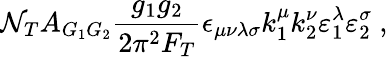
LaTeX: \mathcal{N}_{T}A_{G_{1}G_{2}}\frac{{g_{1}g_{2}}}{{2\pi^{2}F_{T}}}\epsilon_{\mu\nu\lambda\sigma}k_{1}^{\mu}k_{2}^{\nu}\varepsilon_{1}^{\lambda}\varepsilon_{2}^{\sigma}\ ,